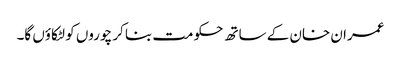
عمران خان کے ساتھ حکومت بنا کر چوروں کو لٹکاؤں گا۔